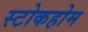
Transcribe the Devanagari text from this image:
स्टोकहोम